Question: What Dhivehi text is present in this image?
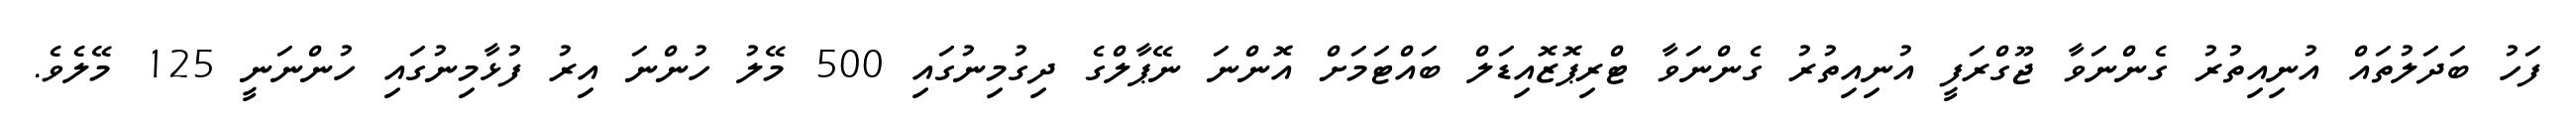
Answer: ފަހު ބަދަލުތައް އުނިއިތުރު ގެންނަވާ ޖޫގްރަފީ އުނިއިތުރު ގެންނަވާ ޓްރިޕޮޒޮއިޑަލް ބައްޓަމަށް އޮންނަ ނޭޕާލްގެ ދިގުމިނުގައި 500 މޭލު ހުންނަ އިރު ފުޅާމިނުގައި ހުންނަނީ 125 މޭލެވެ.